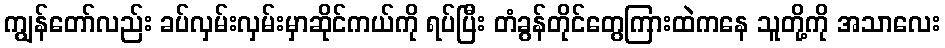
ကျွန်တော်လည်း ခပ်လှမ်းလှမ်းမှာဆိုင်ကယ်ကို ရပ်ပြီး တံခွန်တိုင်တွေကြားထဲကနေ သူတို့ကို အသာလေး